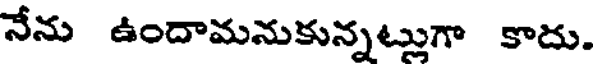
నేను ఉందామనుకున్నట్లుగా కాదు.